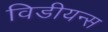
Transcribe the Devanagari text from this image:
विडीयन्स